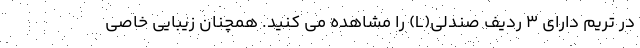
در تریم دارای 3 ردیف صندلی(L) را مشاهده می کنید. همچنان زیبایی خاصی